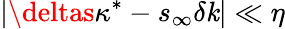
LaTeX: |\deltas\kappa^{*}-s_{\infty}\delta\mathit{k}|\ll\eta